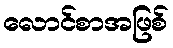
လောင်စာအဖြစ်